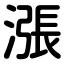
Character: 漲